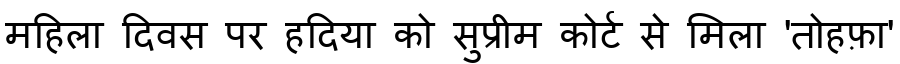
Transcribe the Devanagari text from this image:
महिला दिवस पर हदिया को सुप्रीम कोर्ट से मिला 'तोहफ़ा'